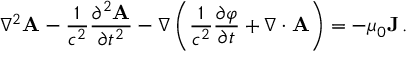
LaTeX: \nabla ^ { 2 } \mathbf { A } - { \frac { 1 } { c ^ { 2 } } } { \frac { \partial ^ { 2 } \mathbf { A } } { \partial t ^ { 2 } } } - \nabla \left( { \frac { 1 } { c ^ { 2 } } } { \frac { \partial \varphi } { \partial t } } + \nabla \cdot \mathbf { A } \right) = - \mu _ { 0 } \mathbf { J } \, .